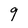
Character: 9